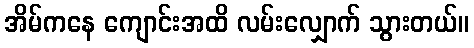
အိမ်ကနေ ကျောင်းအထိ လမ်းလျှောက် သွားတယ်။